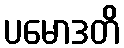
ပမောဒတိ